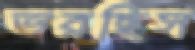
ভরছিস